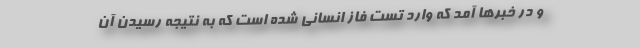
و در خبرها آمد که وارد تست فاز انسانی شده است که به نتیجه رسیدن آن